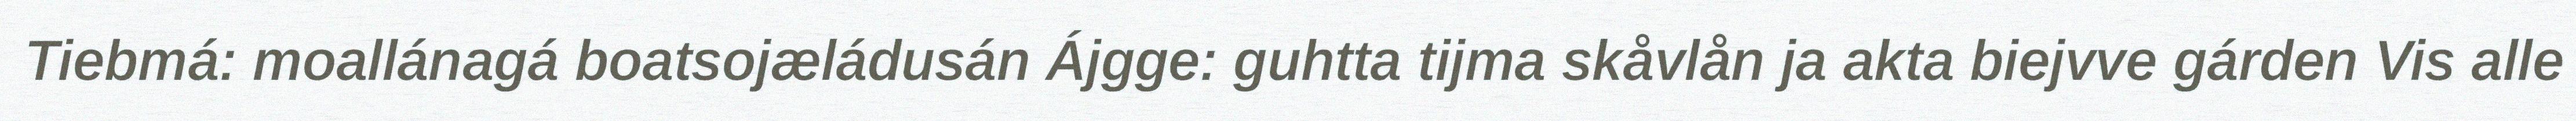
Tiebmá: moallánagá boatsojæládusán Ájgge: guhtta tijma skåvlån ja akta biejvve gárden Vis alle